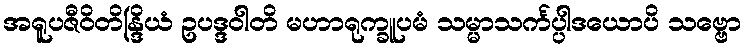
အရူပဇီဝိတိန္ဒြိယံ ဥပဒ္ဒဝါတိ မဟာရုက္ခူပမံ သမ္မာသင်္ကပ္ပါဒယောပိ သဗ္ဗော